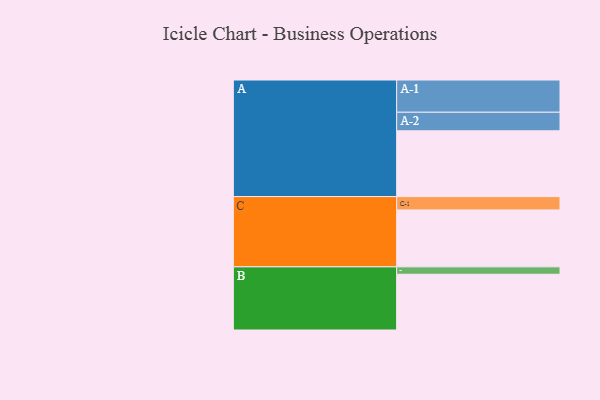
{"axis": {"x": "Segment", "y": "Value"}, "legend": ["", "A", "B", "C"], "data": [{"x": "A", "y": 453, "type": ""}, {"x": "B", "y": 384, "type": ""}, {"x": "C", "y": 392, "type": ""}, {"x": "A-1", "y": 222, "type": "A"}, {"x": "A-2", "y": 128, "type": "A"}, {"x": "B-1", "y": 51, "type": "B"}, {"x": "C-1", "y": 92, "type": "C"}]}